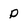
Character: p